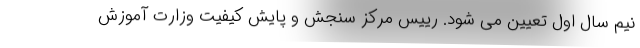
نیم سال اول تعیین می شود. رییس مرکز سنجش و پایش کیفیت وزارت آموزش